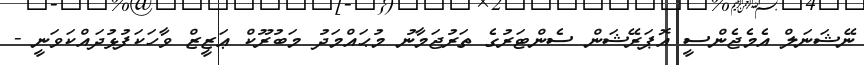
ނޭޝަނަލް އެމެޖެންސީ އޮޕަރޭޝަން ސެންޓަރުގެ ތަރުޖަމާނު މުޙައްމަދު މަބުރޫކް ޢަޒީޒް ވާހަކަފުޅުދައްކަވަނީ -